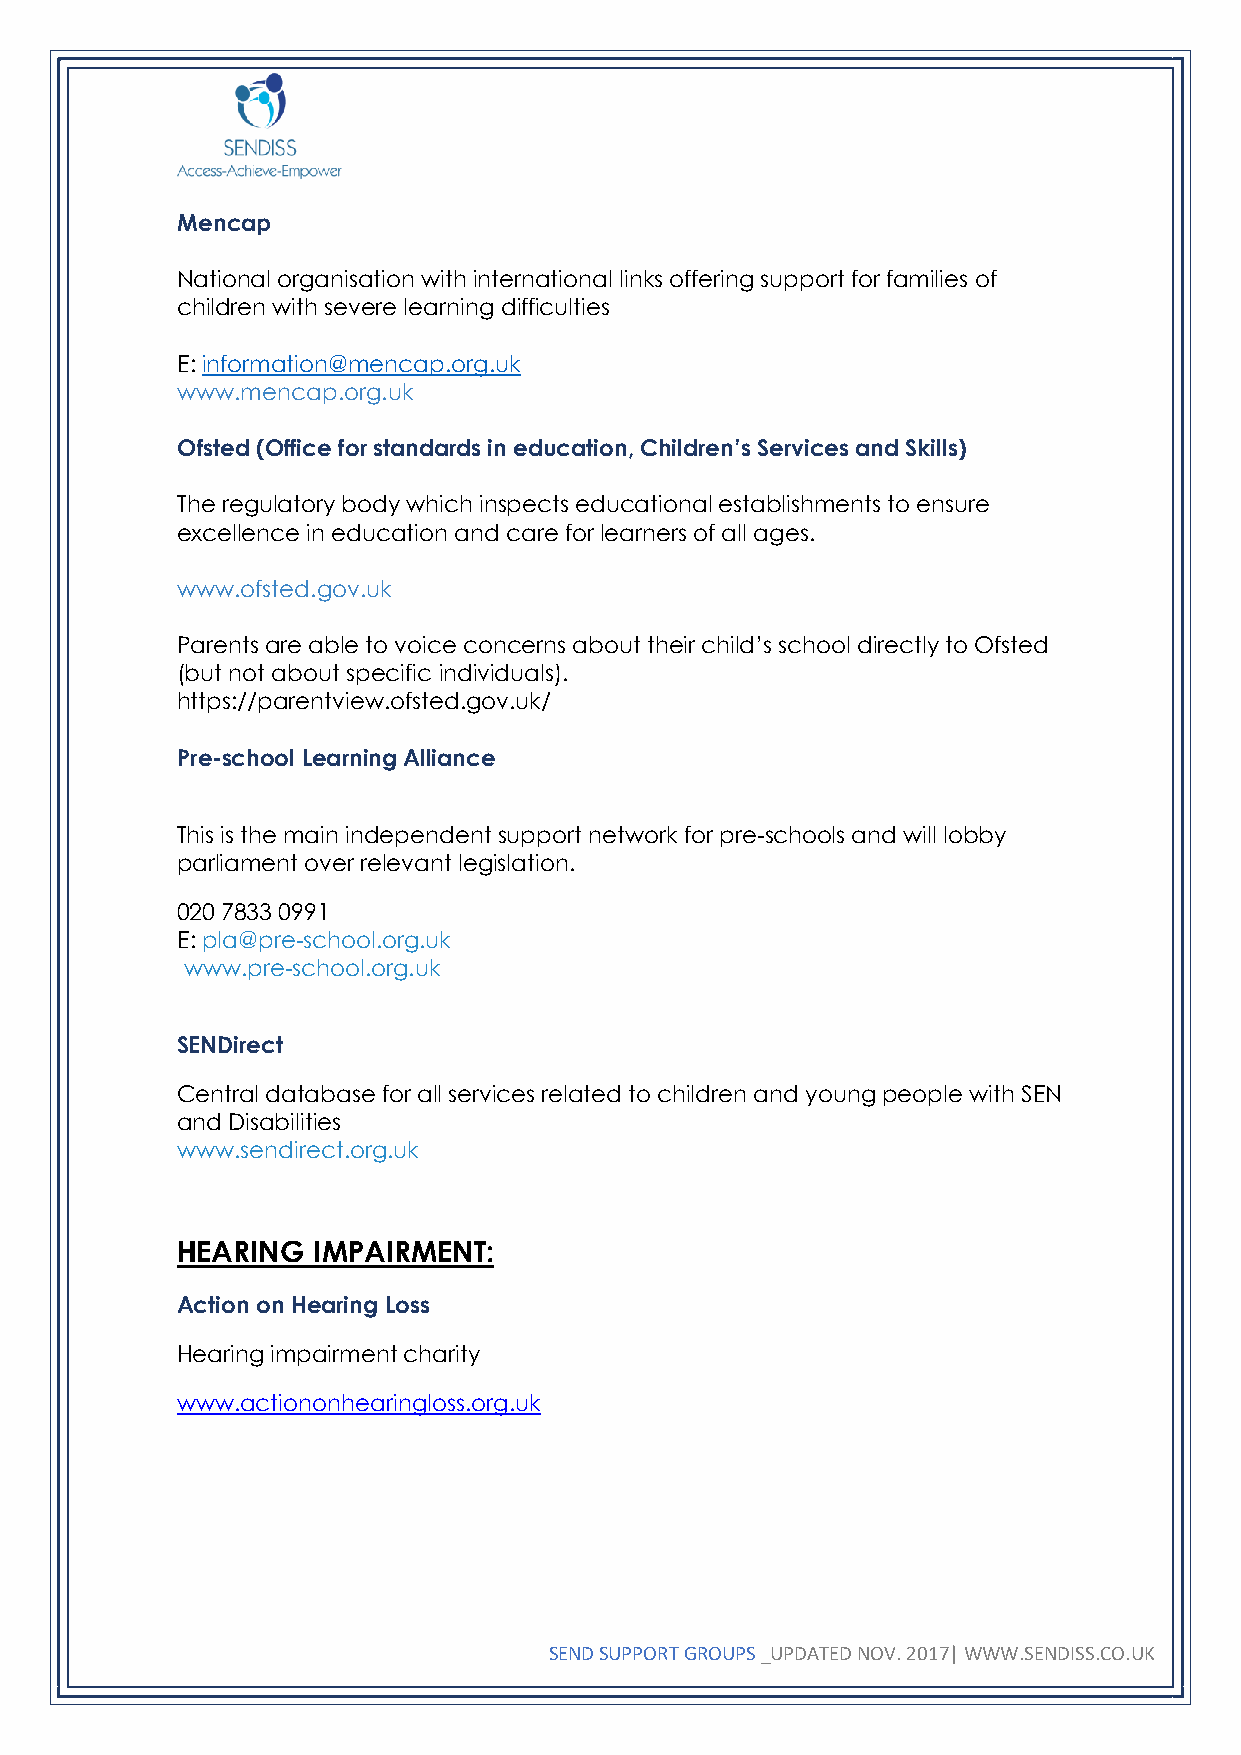
Mencap
 National organisation with international links offering support for families of
 children with severe learning difficulties
 E: information@mencap.org.uk
 www.mencap.org.uk
 Ofsted (Office for standards in education, Children’s Services and Skills)
 The regulatory body which inspects educational establishments to ensure
 excellence in education and care for learners of all ages.
 www.ofsted.gov.uk
 Parents are able to voice concerns about their child’s school directly to Ofsted
 (but not about specific individuals).
 https://parentview.ofsted.gov.uk/
 Pre-school Learning Alliance
 This is the main independent support network for pre-schools and will lobby
 parliament over relevant legislation.
 020 7833 0991
 E: pla@pre-school.org.uk
 www.pre-school.org.uk
 SENDirect
 Central database for all services related to children and young people with SEN
 and Disabilities
 www.sendirect.org.uk
 HEARING  IMPAIRMENT:
 Action on Hearing Loss
 Hearing impairment charity
 www.actiononhearingloss.org.uk
 SEND SUPPORT GROUPS _UPDATED NOV. 2017| WWW.SENDISS.CO.UK